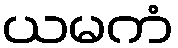
ယမကံ